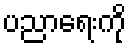
ပညာရေးကို